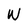
Character: W